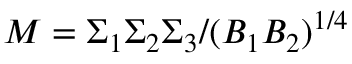
M = \Sigma _ { 1 } \Sigma _ { 2 } \Sigma _ { 3 } / ( B _ { 1 } B _ { 2 } ) ^ { 1 / 4 }